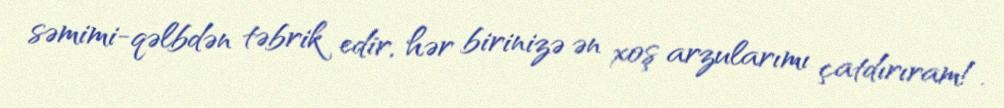
səmimi-qəlbdən təbrik edir, hər birinizə ən xoş arzularımı çatdırıram!.